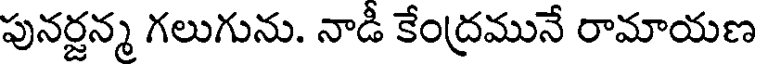
పునర్జన్మ గలుగును. నాడి కేంద్రమునే రామాయణ